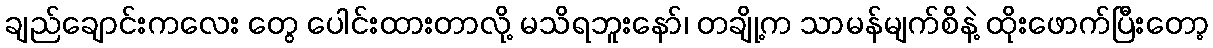
ချည်ချောင်းကလေး တွေ ပေါင်းထားတာလို့ မသိရဘူးနော်၊ တချို့က သာမန်မျက်စိနဲ့ ထိုးဖောက်ပြီးတော့